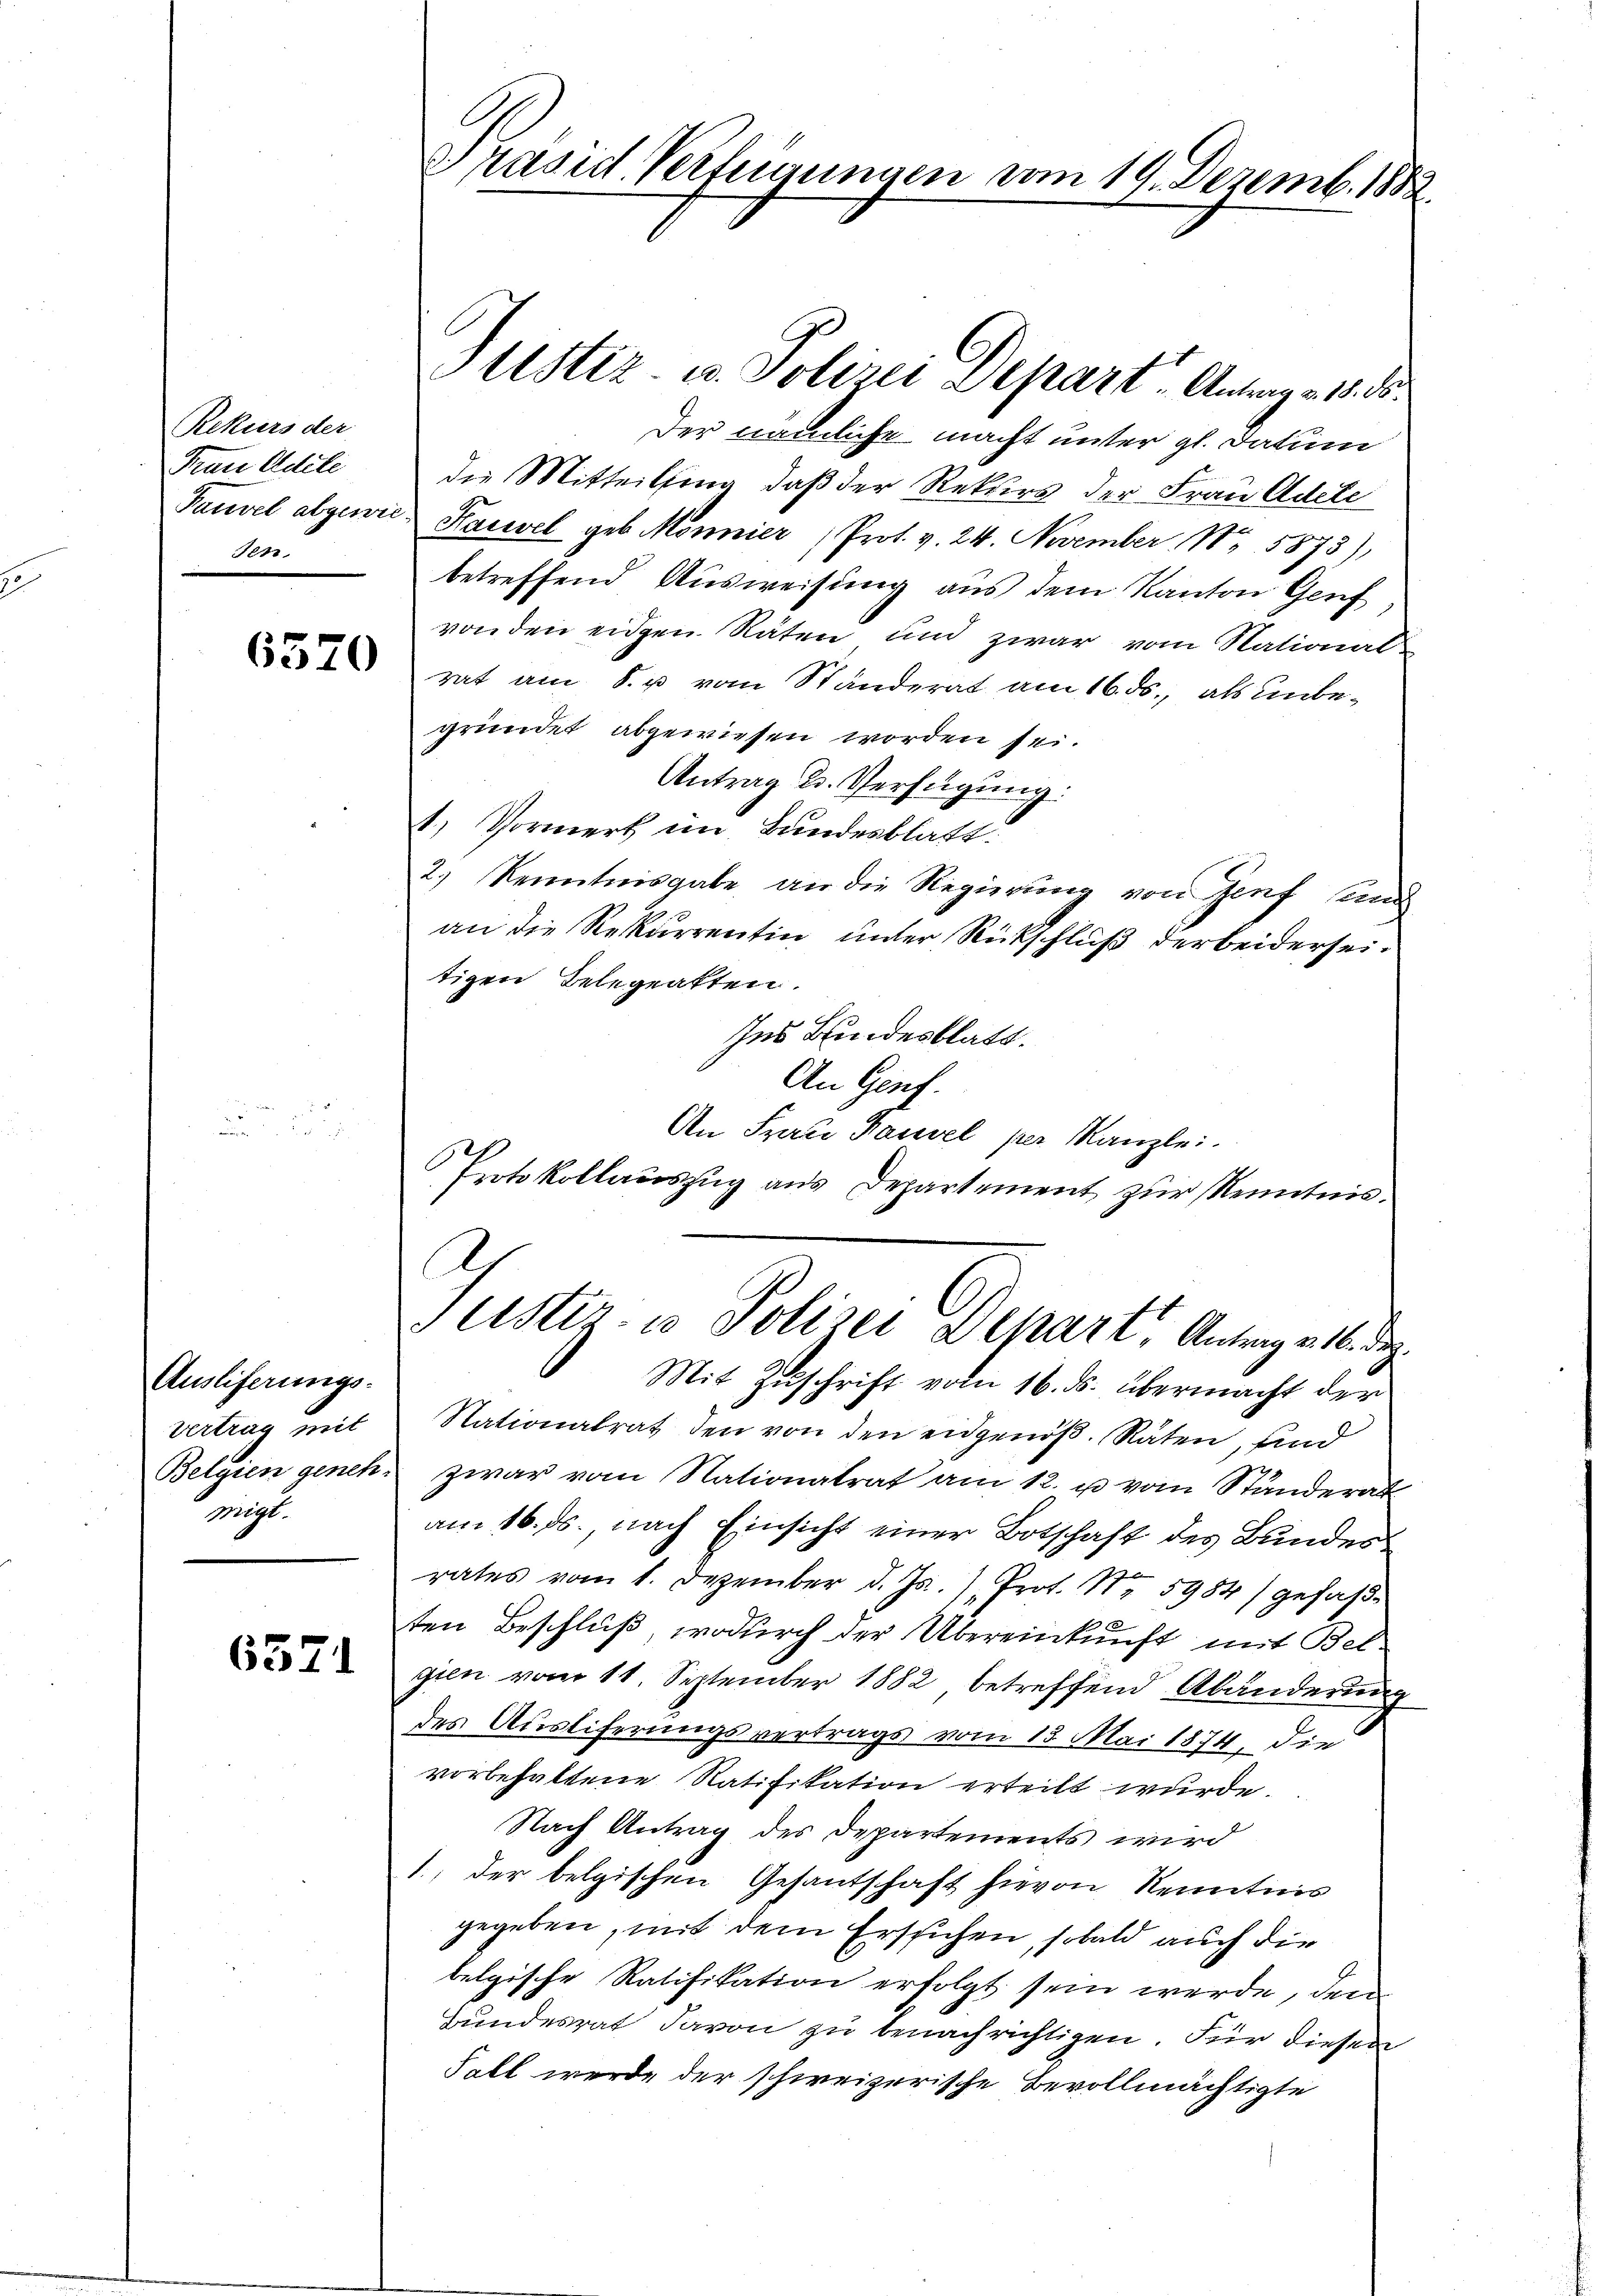
Rekurs der
Frau Adile
Tauvel abgewei
sen.

6570

Ausliferungs-
Vertrag mit
Belgien genehsiegt.

6371

Präsid. Verfügungen vom 19. Dezemb. 1882

Justiz- u. Polizei Depart. Antrag. 18. ds.
Der nämliche macht unter gl. datum
die Mitteilsing, daß der Rekurs der Frau Adete
. Hasel geb. Mönnier (Prot. v. 24. November Nr 5873),
betreffend Ausweisung aus dem Kanton Genf
von den eiden Räten und zwar vom Nationalrat am 8. u vom Ständerat am 16. ds., als unbegründet abgewiesen worden sei.
Antrag u. Verfügung:
1.) Vormerk im Bundesblatt.
2.) Kenntnisgabe an die Regierung von Genf sand
an die Rekurrentin unter Rückschluß der beiderseitigen Belegeakten.
Ins Bundesblatt.
An Genf.
An Frau Bauvel per Kanzlei.
Protokollauszug aus Departement zur Kenntnis.
d
ustiz- u Polizei Depart, Antrag v. 16. Dez.
Mit Zuschrift vom 16. ds. übermacht der
Nationalrat den von den eidgenöß. Räten, sind
zwar vom Nationalrat am 12. u. vom Ständerat
am 16. ds., nach Einsicht einer Botschaft des Bundes
rates vom 1. Dezember d. Js.) Prot. Nr. 5984) gefaβ-
ten Beschluß, wodurch der Übereinkunft mit Belgien vom 11. September 1882 betreffend Abänderung
des Ausliferungsvertrags vom 13. Mai 1874, die
vorbehaltene Ratifikation erteilt wurde.
Nach Antrag des Departements wird
1., der belgischen Gesantschaft hievon Kenntnis
gegeben, mit dem Erstichen, sobald auch die
belgische Ratifikation erfolgt sein werde, den
Bundesrat davon zu benachrichtigen. Für diesen
Fall werde der schweizerische Bevollmächtigte